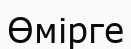
Өмірге